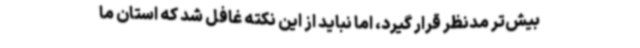
بیش‌تر مدنظر قرار گیرد، اما نباید از این نکته غافل شد که استان ما